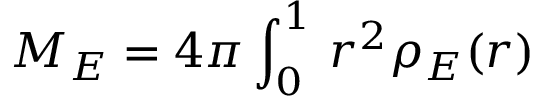
M _ { E } = 4 \pi \int _ { 0 } ^ { 1 } \d r \, r ^ { 2 } \rho _ { E } ( r )